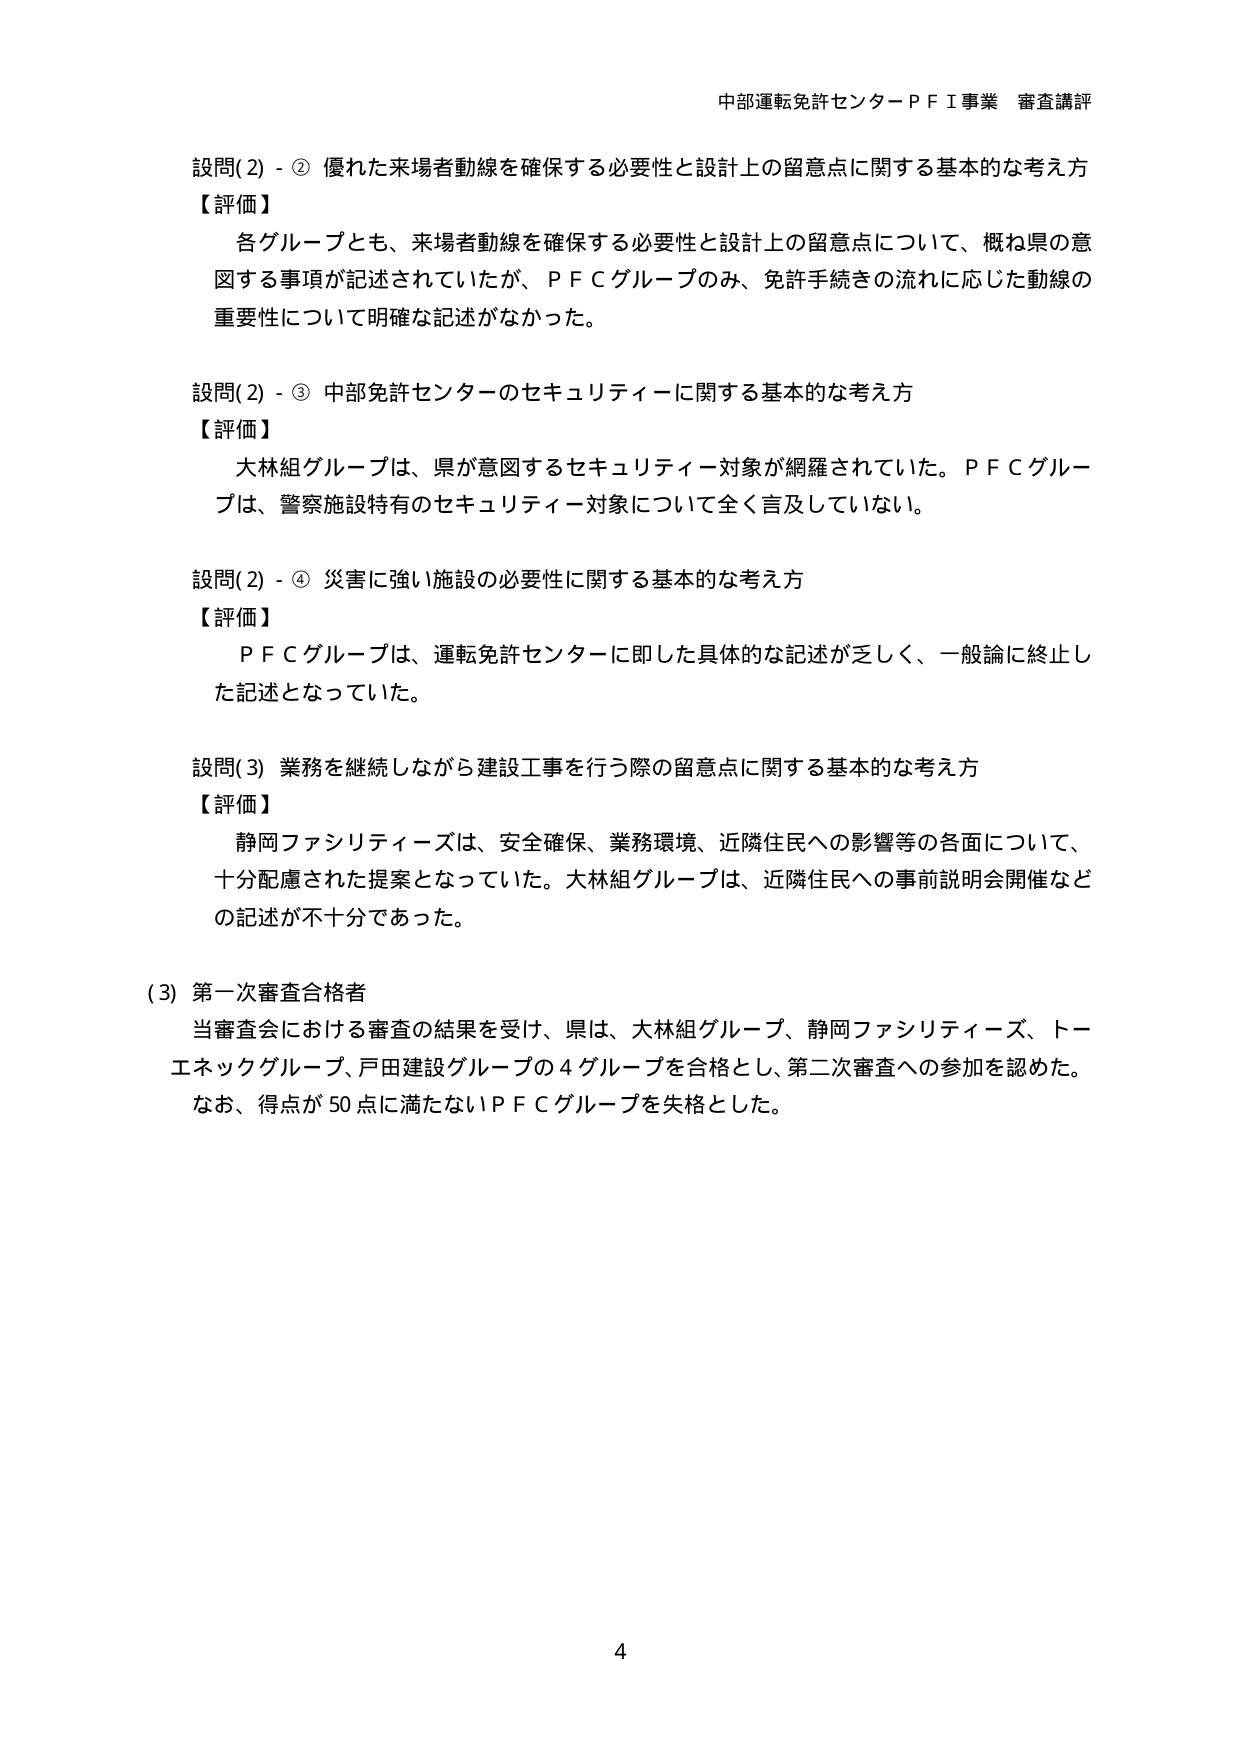
中部運転免許センターＰＦＩ事業 審査講評

設問(2) - ② 優れた来場者動線を確保する必要性と設計上の留意点に関する基本的な考え方
【評価】
各グループとも、来場者動線を確保する必要性と設計上の留意点について、概ね県の意図する事項が記述されていたが、ＰＦＣグループのみ、免許手続きの流れに応じた動線の重要性について明確な記述がなかった。

設問(2) - ③ 中部免許センターのセキュリティーに関する基本的な考え方
【評価】
大林組グループは、県が意図するセキュリティー対象が網羅されていた。ＰＦＣグループは、警察施設特有のセキュリティー対象について全く言及していない。

設問(2) - ④ 災害に強い施設の必要性に関する基本的な考え方
【評価】
ＰＦＣグループは、運転免許センターに即した具体的な記述が乏しく、一般論に終止した記述となっていた。

設問(3) 業務を継続しながら建設工事を行う際の留意点に関する基本的な考え方
【評価】
静岡ファシリティーズは、安全確保、業務環境、近隣住民への影響等の各面について、十分配慮された提案となっていた。大林組グループは、近隣住民への事前説明会開催などの記述が不十分であった。

(3) 第一次審査合格者
当審査会における審査の結果を受け、県は、大林組グループ、静岡ファシリティーズ、トーエネックグループ、戸田建設グループの4グループを合格とし、第二次審査への参加を認めた。なお、得点が50点に満たないＰＦＣグループを失格とした。

4